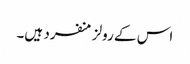
اس کے رولز منفرد ہیں۔